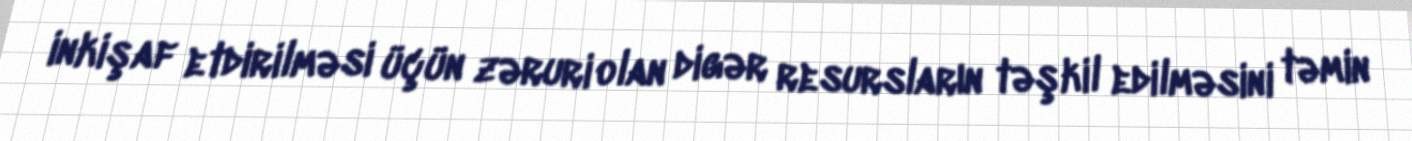
inkişaf etdirilməsi üçün zəruri olan digər resursların təşkil edilməsini təmin